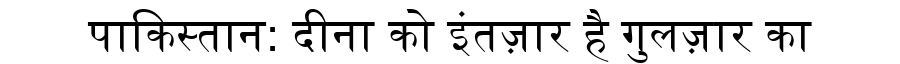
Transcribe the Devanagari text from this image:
पाकिस्तान: दीना को इंतज़ार है गुलज़ार का